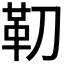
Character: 𩉛